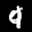
Label: 9